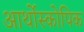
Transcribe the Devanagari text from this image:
आर्थोस्कोपिक